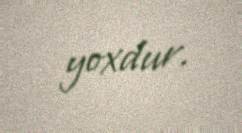
yoxdur.